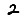
Digit: 2